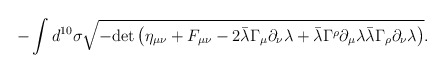
\begin{align*}- \int d^{10} \sigma \sqrt{- {\rm det}\, \big(\eta_{\mu\nu} + F_{\mu\nu} - 2 \bar\lambda \Gamma_{\mu}\partial_\nu \lambda + \bar \lambda \Gamma^\rho \partial_\mu \lambda\bar\lambda \Gamma_\rho \partial_\nu \lambda \big)}.\end{align*}